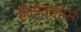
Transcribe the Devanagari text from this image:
हेलीकॉप्टर्स